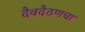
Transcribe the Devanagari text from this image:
दैवदैठणचा